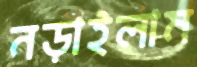
নড়াইলাম